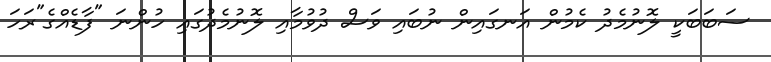
ސަބަބަކީ ލޮނުމެދު ކެމުން އަނގައިން ނުބައި ވަސް ދުވުމާއި ލޮނުމެދުގައި ހުންނަ "ފާޑެއްގެ"ރަހަ